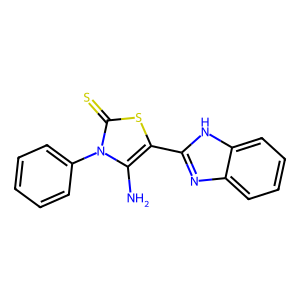
SMILES: Nc1c(-c2nc3ccccc3[nH]2)sc(=S)n1-c1ccccc1
Inhibits HIV replication: No